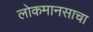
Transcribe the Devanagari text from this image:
लोकमानसाचा